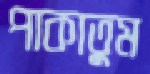
পাকাতুম